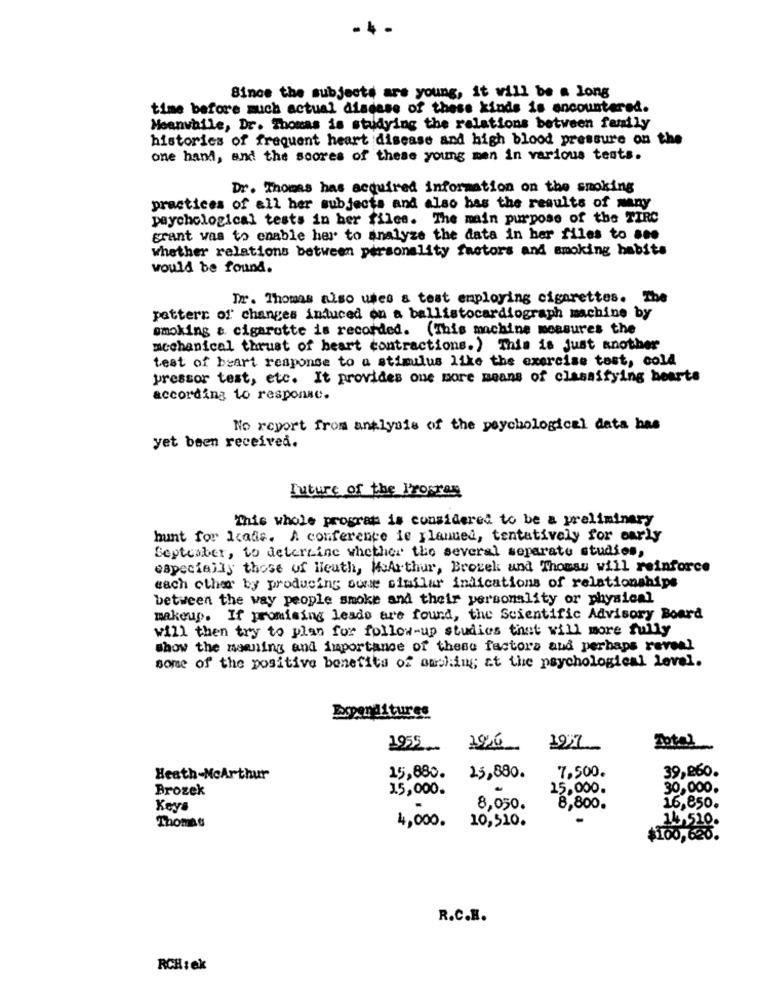
Since the subjects are young, it will be a long
time before much actual disdase of these kinds is encountered.
Meanwhile, Dr. Thomas is studying the relations between family
historics of frequent heart disease and high blood pressure on the
one hand, and the scores of these young men in various tests.
Dr. Thomas has acquired information on the smoking
practices of all her subjects and also has the results of many
psychological tests in her files. The main purpose of the TIRC
grant was to enable her to analyze the data in her files to see
whether relations between personality factors and smoking habits
would be found.
Tr. Thomas also uses & test employing cigarettes. The
pattern of changes induced on a ballistocardiograph machine by
smoking & cigarette is recorded. (This machine measures the
mechanical thrust of heart contractions.) This is just another
test of beart response to a stimulus like the exercise test, cold
pressor test, etc. It provides one more means of classifying hearts
according to response.
No report from analysis of the psychological data has
yet been received.
Future of the Program
This whole program is considered to be a preliminary
hunt for Icatis. A conference is planned, tentatively for early
Septcaber, to determine whether the several separate studies,
especially those of Heath, McArthur, Brotek and Thomas will reinforce
each other by producing sove similar indications of relationships
between the way people smoke and their personality or physical
makeup. If promising leado are found, the Scientific Advisory Board
will then try to plan for follow-up studies that will more fully
show the meaning and importance of these factors and perhaps reveal
some of the positive benefits of oneling; at the psychological level.
Total
1955
7,500.
39,260.
Heath-McArthur
15,880.
25,880.
Brozek
1.5,000.
15,000.
30,000.
Keys
8,050.
8,800.
16,850.
10,510.
Thomas
4,000.
14.510.
$100,620.
R.C.B.
RCH:ek